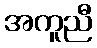
အကူညီ